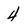
Character: 4